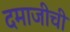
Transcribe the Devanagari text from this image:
दमाजीची